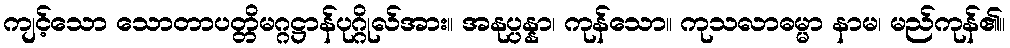
ကျင့်သော သောတာပတ္တိမဂ္ဂဋ္ဌာန်ပုဂ္ဂိုလ်အား။ အနုပ္ပန္နာ၊ ကုန်သော။ ကုသလာဓမ္မာ နာမ၊ မည်ကုန်၏။